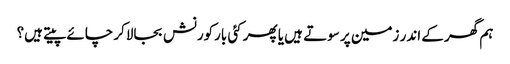
ہم گھر کے اندر زمین پر سوتے ہیں یا پھر کئی بارکورنش بجالاکر چائے پیتے ہیں؟